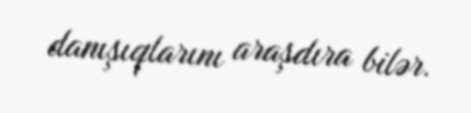
danışıqlarını araşdıra bilər.